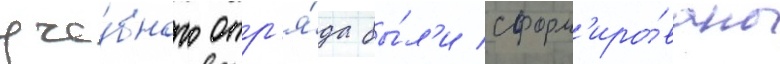
уче́бного отр'я́да бы́л'и сформ'иро́ваны